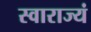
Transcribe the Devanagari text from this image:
स्वाराज्यं